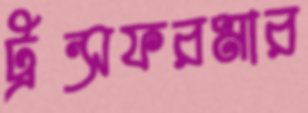
ট্রন্সফরমার